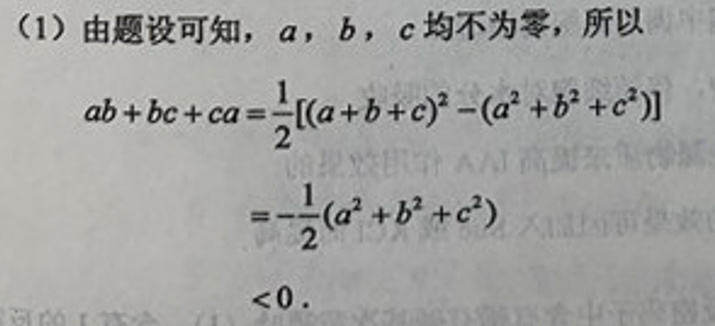
\begin{enumerate}
    \item 由题设可知，\(a\)，\(b\)，\(c\)均不为零，所以
    \begin{align*}
        ab + bc + ca &= \frac{1}{2}[(a + b + c)^2-(a^2 + b^2 + c^2)]\\
        &=-\frac{1}{2}(a^2 + b^2 + c^2)\\
        &<0.
    \end{align*}
\end{enumerate}